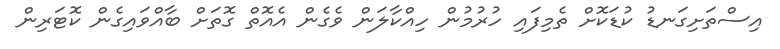
އިސްތަށިގަނޑު ކުޑަކޮށް ތެމިފައި ހުރުމުން ހިއްކާލަން ވެގެން އެއޮތް ގޮތަށް ބާއްވައިގެން ކޮޓަރިން